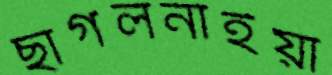
ছাগলনাইয়া